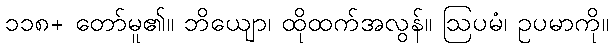
၁၁၈+ တော်မူ၏။ ဘိယျော၊ ထိုထက်အလွန်။ ဩပမံ၊ ဥပမာကို။